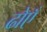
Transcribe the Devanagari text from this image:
ढोएँ